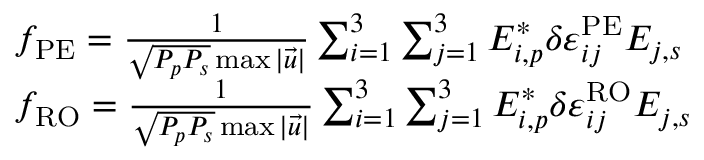
\begin{array} { r l } & { f _ { \mathrm { P E } } = \frac { 1 } { \sqrt { P _ { p } P _ { s } } \operatorname* { m a x } { | \vec { u } | } } \sum _ { i = 1 } ^ { 3 } \sum _ { j = 1 } ^ { 3 } E _ { i , p } ^ { * } \delta \varepsilon _ { i j } ^ { \mathrm { P E } } E _ { j , s } } \\ & { f _ { \mathrm { R O } } = \frac { 1 } { \sqrt { P _ { p } P _ { s } } \operatorname* { m a x } { | \vec { u } | } } \sum _ { i = 1 } ^ { 3 } \sum _ { j = 1 } ^ { 3 } E _ { i , p } ^ { * } \delta \varepsilon _ { i j } ^ { \mathrm { R O } } E _ { j , s } } \end{array}